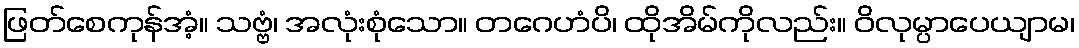
ဖြတ်စေကုန်အံ့။ သဗ္ဗံ၊ အလုံးစုံသော။ တဂေဟံပိ၊ ထိုအိမ်ကိုလည်း။ ဝိလုမ္ပာပေယျာမ၊